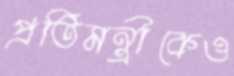
প্রতিমন্ত্রীকেও